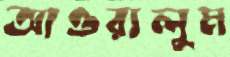
আওরালুম